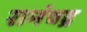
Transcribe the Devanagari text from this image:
रामंचद्र